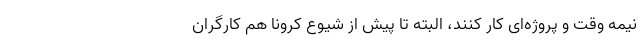
نیمه وقت و پروژه‌ای کار کنند، البته تا پیش از شیوع کرونا هم کارگران